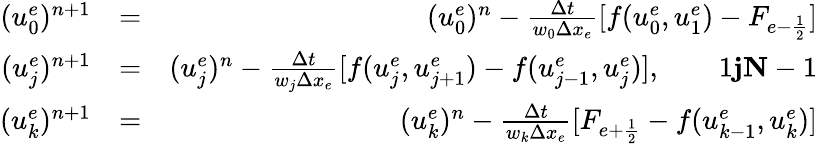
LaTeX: \begin{array}{rlr}{(u_{0}^{e})^{n+1}}&{=}&{(u_{0}^{e})^{n}-\frac{\Delta t}{w_{0}\Delta x_{e}}[f(u_{0}^{e},u_{1}^{e})-F_{e-\frac{1}{2}}]}\\ {(u_{j}^{e})^{n+1}}&{=}&{(u_{j}^{e})^{n}-\frac{\Delta t}{w_{j}\Delta x_{e}}[f(u_{j}^{e},u_{j+1}^{e})-f(u_{j-1}^{e},u_{j}^{e})],\qquad 1\le j\le N-1}\\ {(u_{k}^{e})^{n+1}}&{=}&{(u_{k}^{e})^{n}-\frac{\Delta t}{w_{k}\Delta x_{e}}[F_{e+\frac{1}{2}}-f(u_{k-1}^{e},u_{k}^{e})]}\end{array}